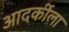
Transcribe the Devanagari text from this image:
आदर्कीला